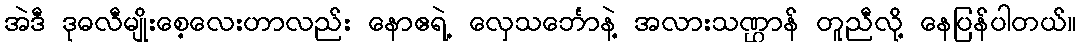
အဲဒီ ဒုဓလီမျိုးစေ့လေးဟာလည်း နောဧရဲ့ လှေသင်္ဘောနဲ့ အလားသဏ္ဌာန် တူညီလို့ နေပြန်ပါတယ်။